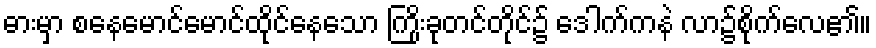
ဓားမှာ စနေမောင်မောင်ထိုင်နေသော ကြိုးခုတင်တိုင်၌ ဒေါက်ကနဲ လာ၌စိုက်လေ၏။